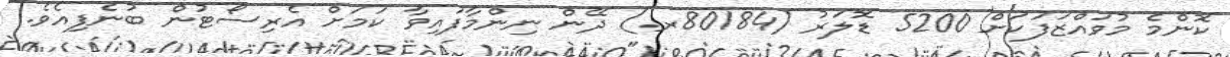
ކޮންމެ މުވައްޒަފަކަށް 5200 ޑޮލަރު (80184ރ.) ދޭން ނިންމާފައިވާ ކަމަށް އެރިސޯޓުން ބުނެފިއެވެ.